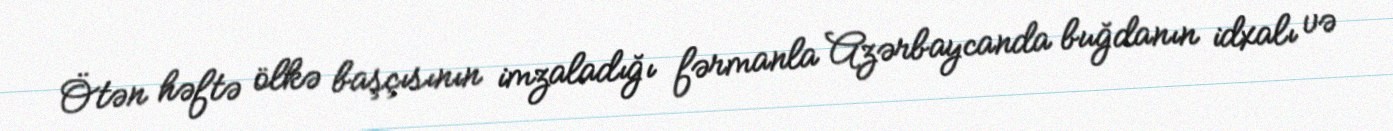
Ötən həftə ölkə başçısının imzaladığı fərmanla Azərbaycanda buğdanın idxalı və